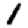
Digit: 1